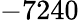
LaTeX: -7240